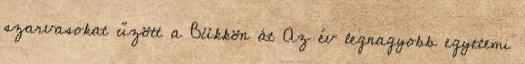
szarvasokat űzött a Bükkön át Az év legnagyobb egyetemi